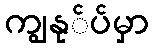
ကျွနု်ပ်မှာ